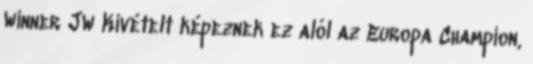
Winner JW Kivételt képeznek ez alól az Europa Champion,